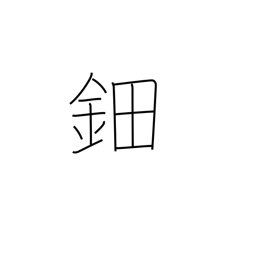
Meaning: ornamental hairpiece